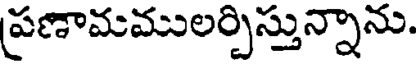
ప్రణామములర్చిస్తున్నాను.